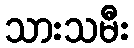
သားသမီး